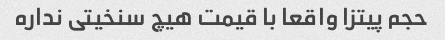
حجم پیتزا واقعا با قیمت هیچ سنخیتی نداره